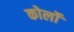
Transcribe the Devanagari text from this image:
कोर्लो